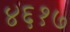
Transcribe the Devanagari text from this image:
४६१७